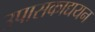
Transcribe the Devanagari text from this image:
उपासकाद्ययन